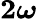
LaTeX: \boldsymbol{2\omega}